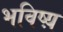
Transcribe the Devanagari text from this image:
भविष्य़